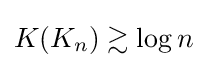
K(K_{n})\gtrsim \log n